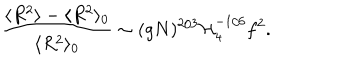
\frac { \langle R ^ { 2 } \rangle - \langle R ^ { 2 } \rangle _ { 0 } } { \langle R ^ { 2 } \rangle _ { 0 } } \sim ( g N ) ^ { 2 / 3 } { \cal H } _ { 4 } ^ { - 1 / 6 } f ^ { 2 } .